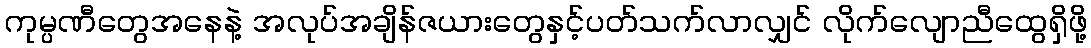
ကုမ္ပဏီတွေအနေနဲ့ အလုပ်အချိန်ဇယားတွေနှင့်ပတ်သက်လာလျှင် လိုက်လျောညီထွေရှိဖို့